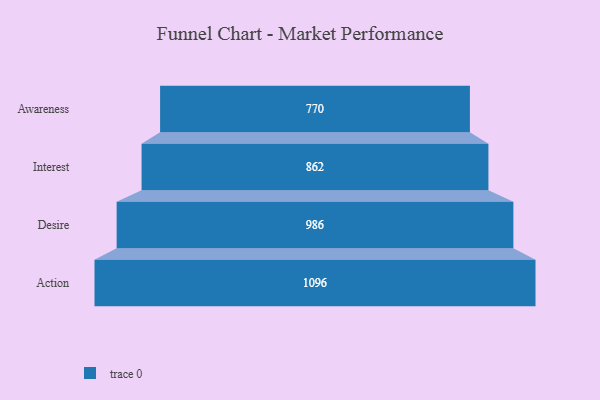
{"axis": {"x": "Stage", "y": "Value"}, "legend": [""], "data": [{"x": "Awareness", "y": 770.0, "type": ""}, {"x": "Interest", "y": 862.0, "type": ""}, {"x": "Desire", "y": 986.0, "type": ""}, {"x": "Action", "y": 1096.0, "type": ""}]}